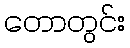
တောတွင်း